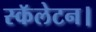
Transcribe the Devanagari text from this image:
स्कॅलेटन।